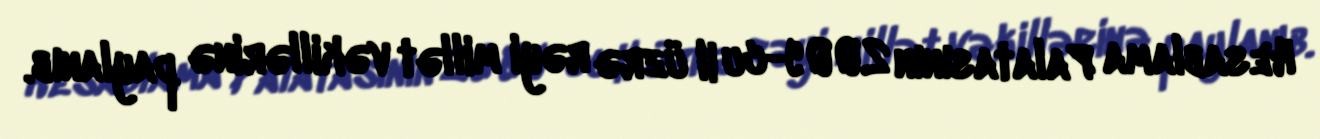
Hesablama Palatasının 2009-cu il üzrə rəyi millət vəkillərinə paylanıb.